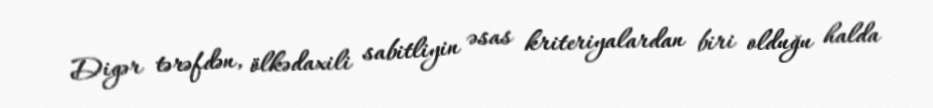
Digər tərəfdən, ölkədaxili sabitliyin əsas kriteriyalardan biri olduğu halda